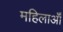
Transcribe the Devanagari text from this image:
महिलाऑँ